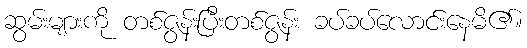
ဆွမ်းများကို တစ်ဇွန်းပြီးတစ်ဇွန်း ခပ်ခပ်လောင်းနေမိ၏။